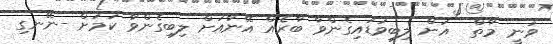
ވަނީ މާތް  އަށް ލިބިވަޑައިގެންވާ ބާރެއް އޭނާއަށް ލިބިގެންވާ ކަމަށް -ނޭނގި